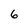
Character: 6